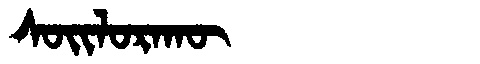
Manchu: ᠰᠣᡳᠯᠣᡵᠠᡴᡡ
Romanization: SOILORAKŪ